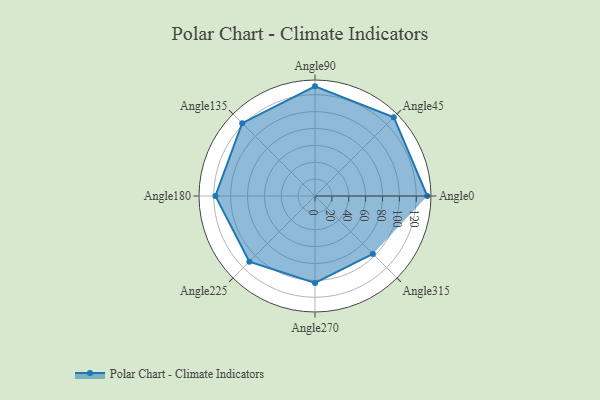
{"axis": {"x": "Angle", "y": "Radius"}, "legend": [""], "data": [{"x": "Angle0", "y": 133.0, "type": ""}, {"x": "Angle45", "y": 132.0, "type": ""}, {"x": "Angle90", "y": 130.0, "type": ""}, {"x": "Angle135", "y": 122.0, "type": ""}, {"x": "Angle180", "y": 118.0, "type": ""}, {"x": "Angle225", "y": 110.0, "type": ""}, {"x": "Angle270", "y": 103.0, "type": ""}, {"x": "Angle315", "y": 97.0, "type": ""}]}